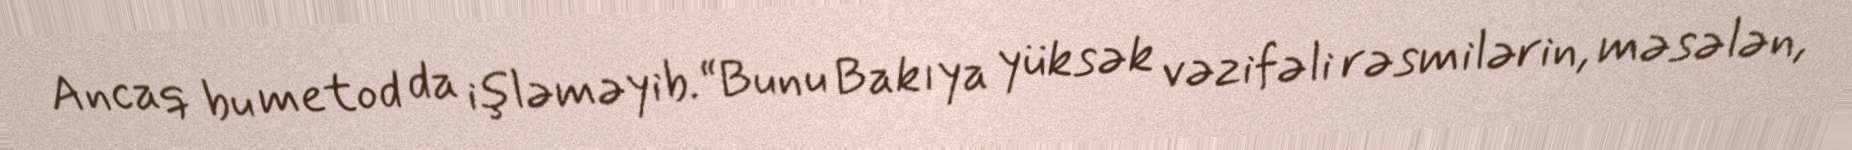
Ancaq bu metod da işləməyib.“Bunu Bakıya yüksək vəzifəli rəsmilərin, məsələn,